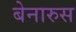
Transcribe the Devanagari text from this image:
बेनारुस